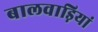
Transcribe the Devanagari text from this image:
बालवाड़ियां